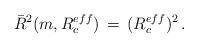
LaTeX: \begin{align*}\bar R^2(m,R_c^{eff})\,=\,(R_c^{eff})^2\,{.}\end{align*}